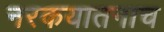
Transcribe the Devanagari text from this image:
नरकयातनाच